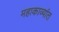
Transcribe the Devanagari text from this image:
महाकाव्यांत